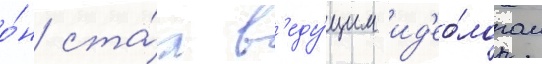
о́н ста́л в'еду́щим ид'ео́логом